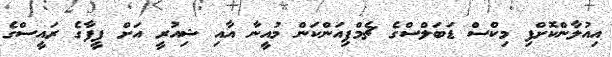
އިއުލާންކޮށްފި މިކްސް ޑަބަލްސްގެ ޗެމްޕިއަންކަން މުއީނާ އާއި ޝިއުރީ އަށް ފީފާގެ ރައީސްގެ